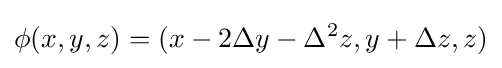
\phi (x,y,z)=(x-2\Delta y-\Delta ^{2}z,y+\Delta z,z)